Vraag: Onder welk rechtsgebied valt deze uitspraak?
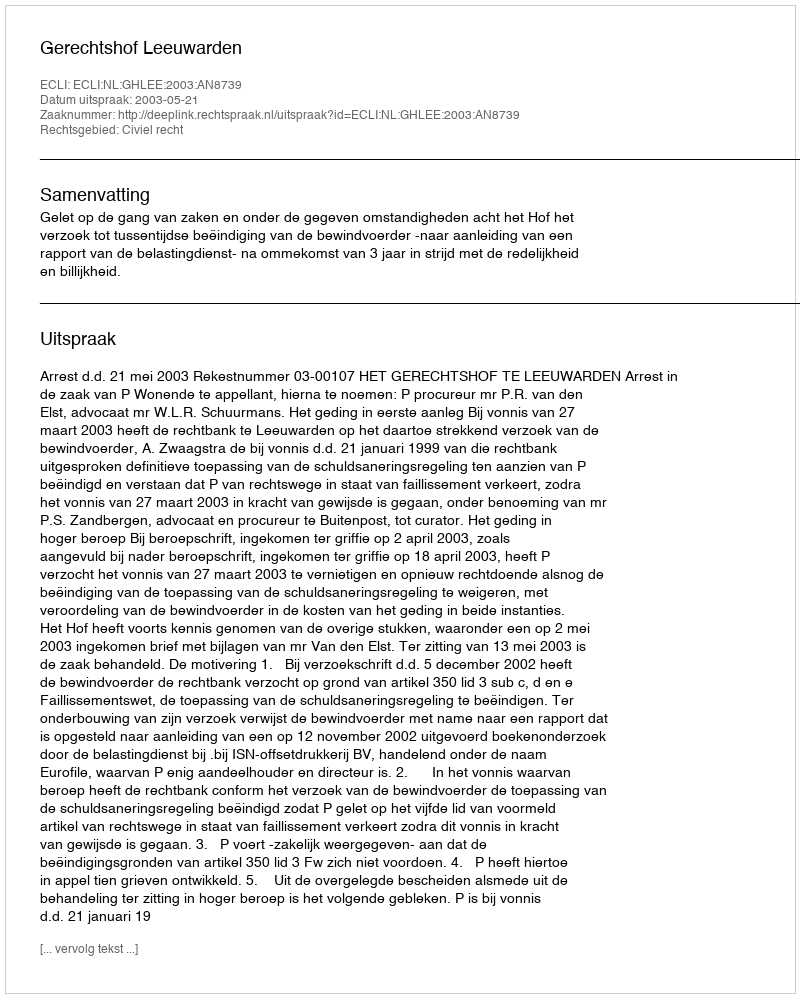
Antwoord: Civiel recht